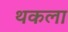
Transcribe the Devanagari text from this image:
थकला